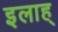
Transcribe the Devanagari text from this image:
इलाह्